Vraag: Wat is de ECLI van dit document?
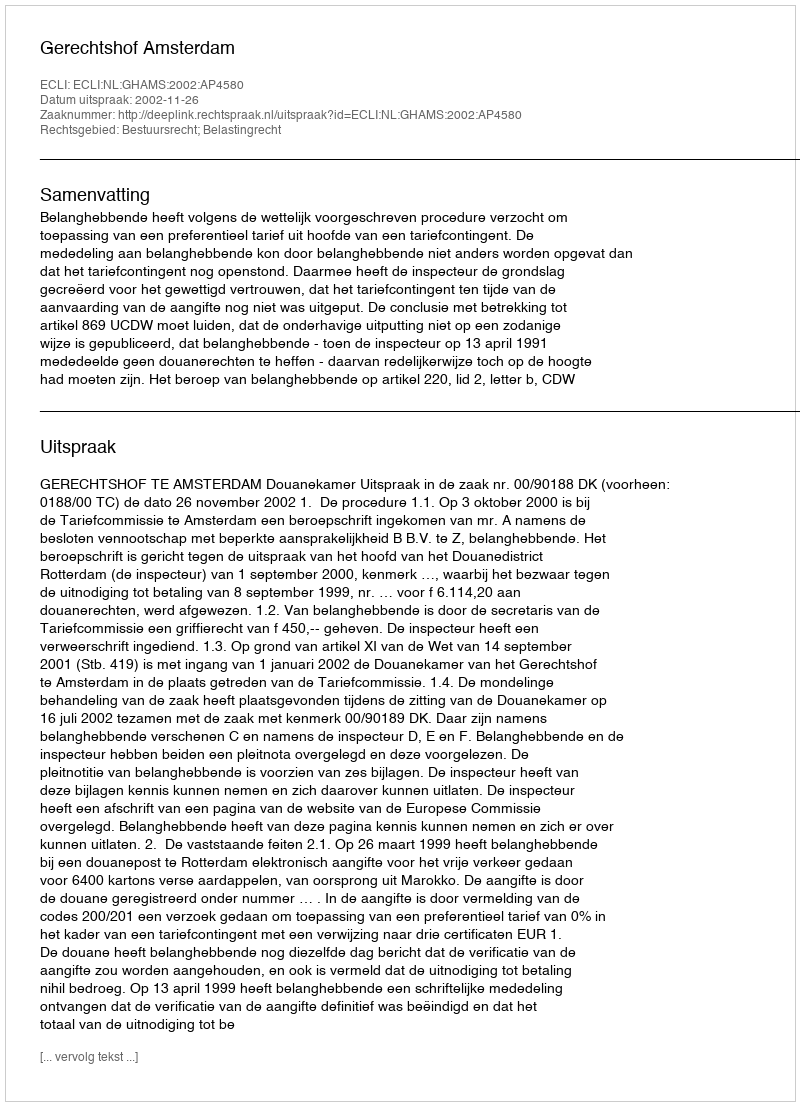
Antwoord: ECLI:NL:GHAMS:2002:AP4580